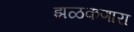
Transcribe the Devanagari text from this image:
झळकणारा